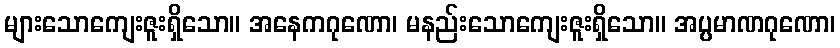
များသောကျေးဇူးရှိသော။ အနေကဂုဏော၊ မနည်းသောကျေးဇူးရှိသော။ အပ္ပမာဏဂုဏော၊